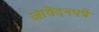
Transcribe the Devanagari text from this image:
आवेदनपत्रे